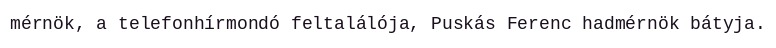
mérnök, a telefonhírmondó feltalálója, Puskás Ferenc hadmérnök bátyja.